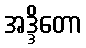
အဒ္ဒိတော